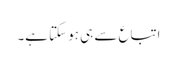
اتباع سے ہی ہو سکتا ہے۔